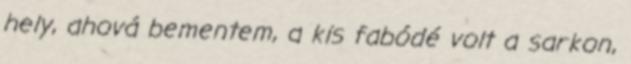
hely, ahová bementem, a kis fabódé volt a sarkon,